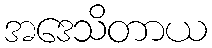
အဒေသိတာယ